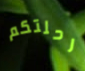
رحلتكم